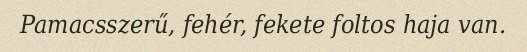
Pamacsszerű, fehér, fekete foltos haja van.